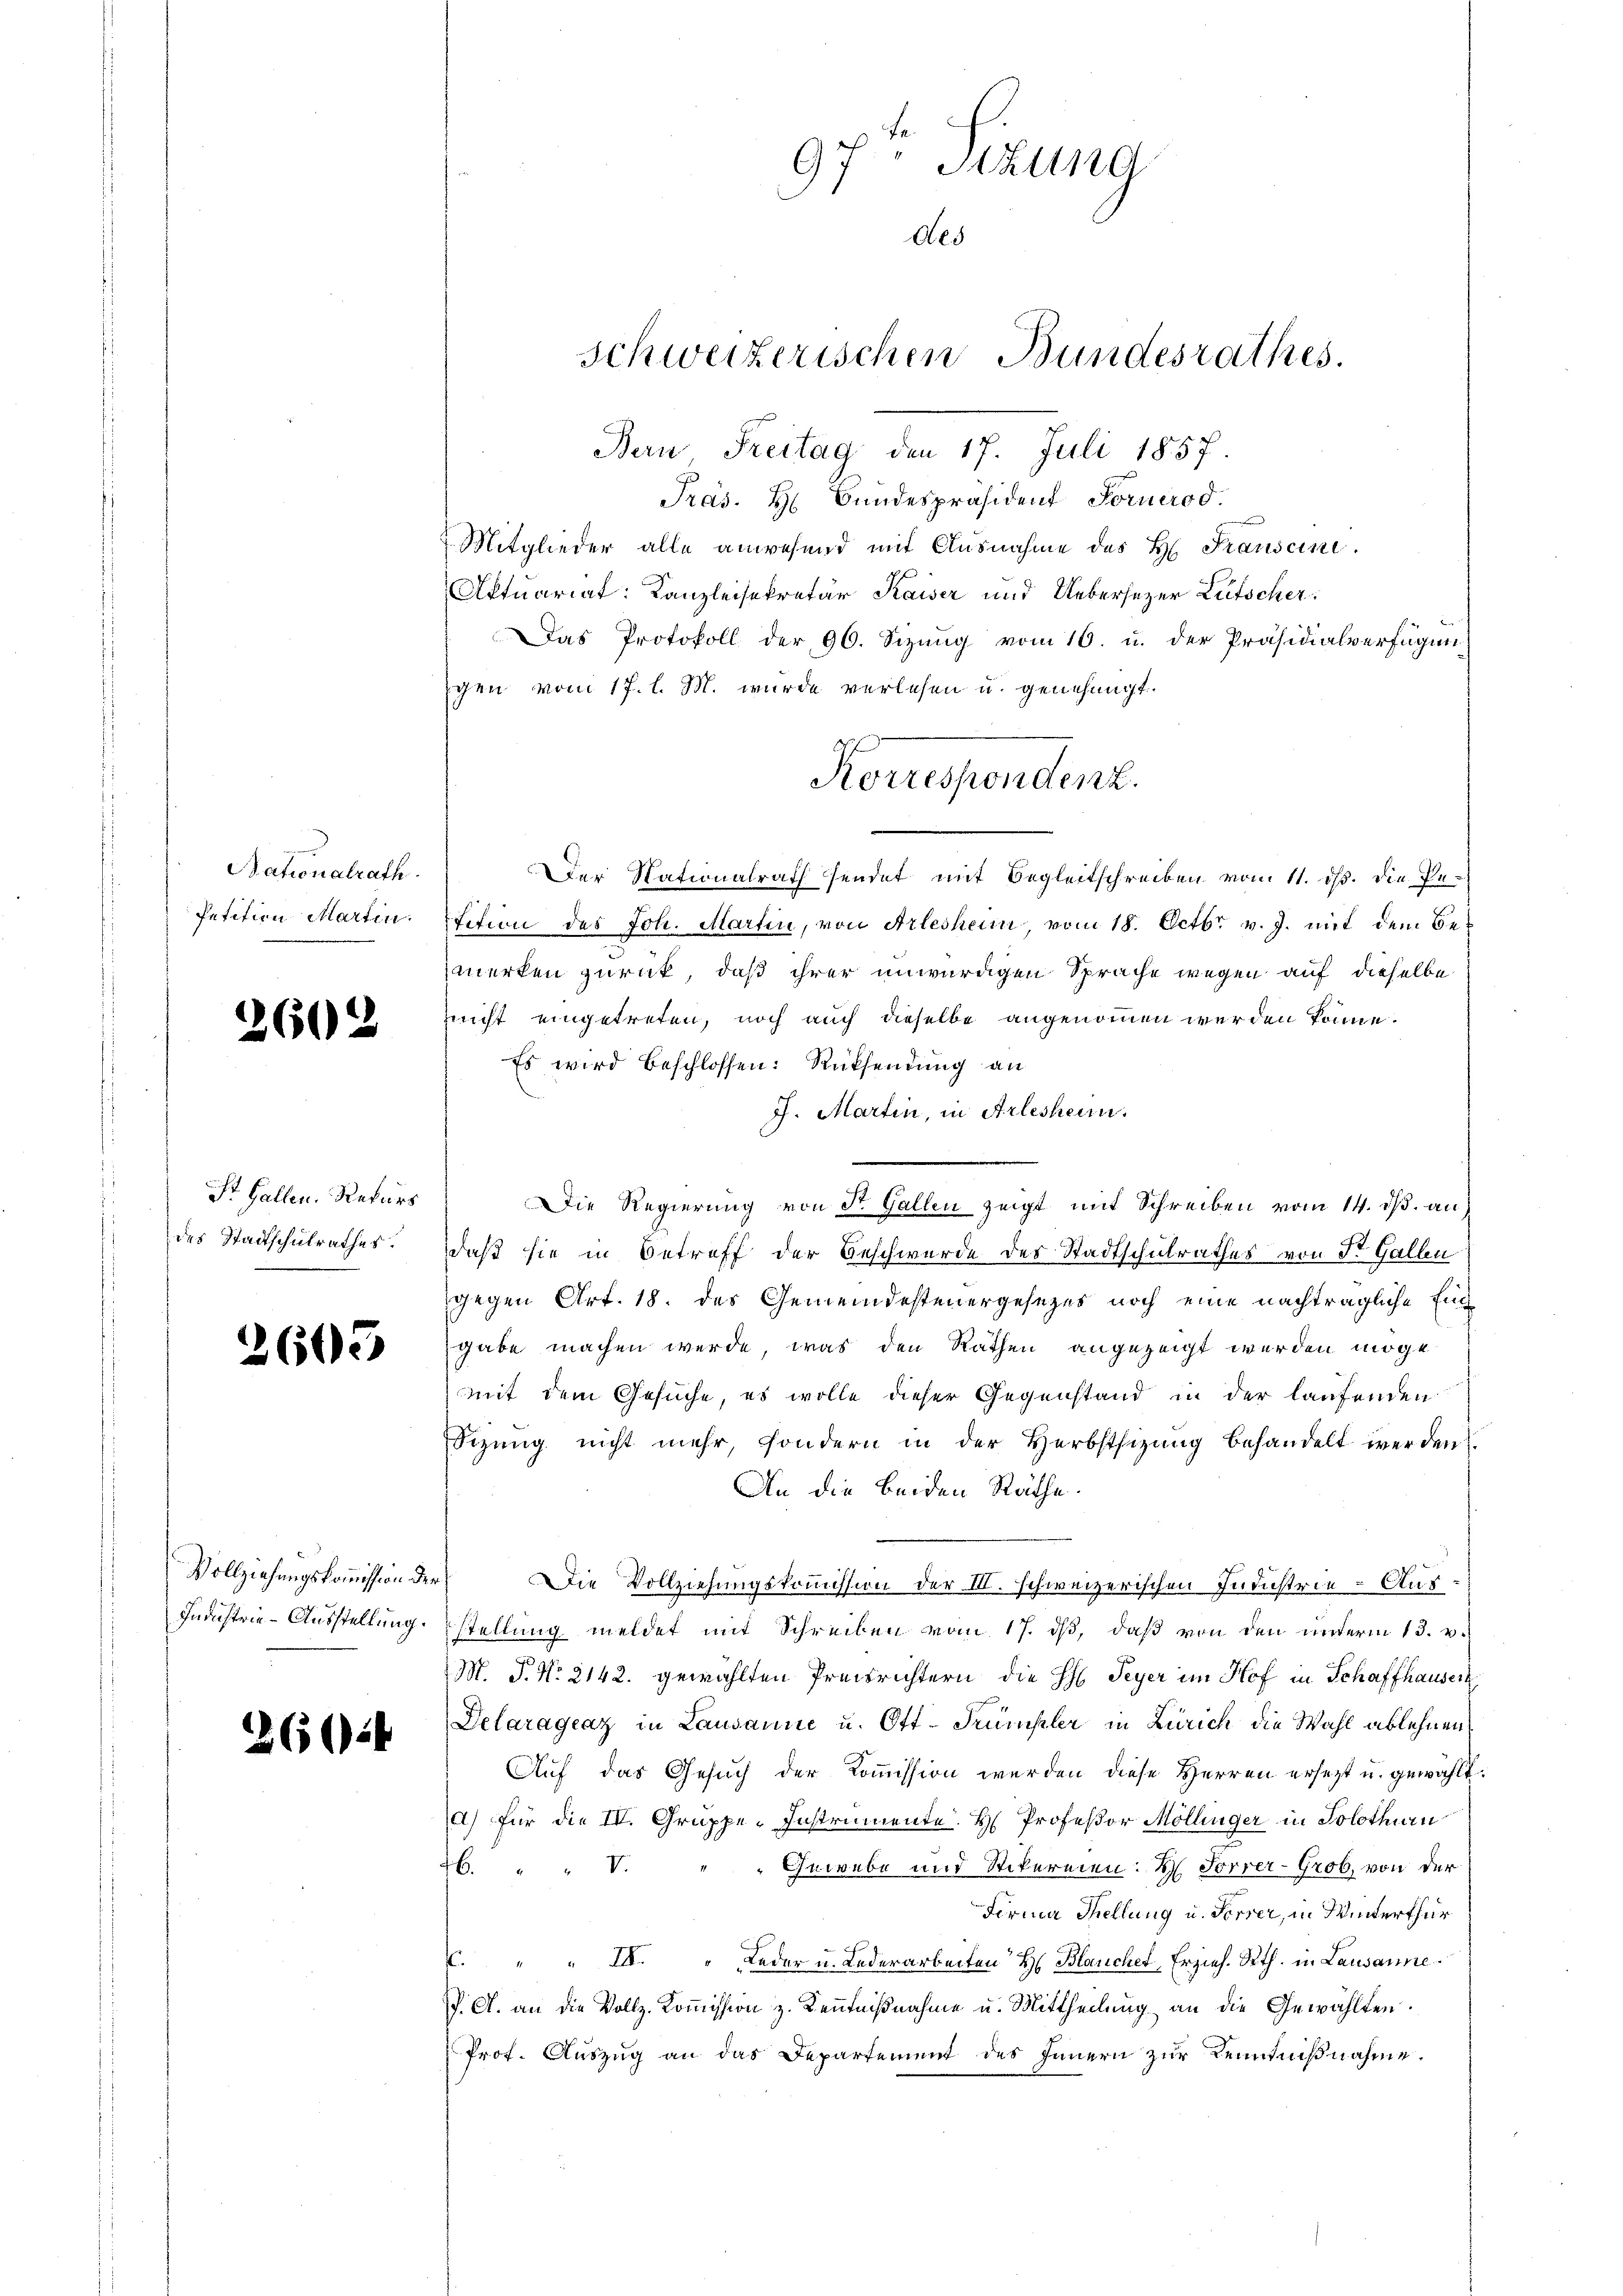
Nationalrath
Petition Martin.

2602

St. Gallen, Rekurs
des Stadtschulrathes.

2605

Vollziehungskommission der
Industrie-Ausstellung.

260

97 Stzung
Aes
schweizerischen Bundesrathes.
Bern Freitag den 17. Juli 1857.

Korrespondenz.

Pras. H. Bundespräsident Fornerod.
Mitglieder alle anwesend mit Ausnahme des H. Transcini
Aktuariat: Kanzleisekretär Kaiser und Uebersezer Litscher
Das Protokoll der 96. Sizung vom 16. u. der Präsidialverfügengen vom 17. l. M. wurde verlesen u. genehmigt.
Der Nationalrath sendet mit Begleitschreiben vom 11. ds. die Petition des Joh. Martin, von Arlesheim, vom 18. Octbr. v. J. mit dem Bemerken zurück, daß ihrer unwürdigen Sprache wegen auf dieselbe
nicht eingetreten, noch auch dieselbe angenommen werden könne.
Es wird beschlossen: Rücksendung an
J. Martin, in Arleshein.
Die Regierung von St. Gallen zeigt mit Schreiben vom 14. ds. an
daß sie in Betreff der Beschwerde des Stadtschulrathes von St. Gallen
gegen Art. 18. des Gemeindesteuergesezes noch eine nachträgliche Eingabe machen werde, was den Rathen angezeigt werden möge
mit dem Gesuche, es wolle dieser Gegenstand in der laufenden
Sizung nicht mehr, sondern in der Herbstsezung behandelt werden
An die beiden Räthe.
Die Vollziehungskommission der III. Schweizerischen Industrie-Aus
stellung meldet mit Schreiben vom 17. ds, daß von den unterm 13. u.
M. P. Nr. 2142. gewählten Preisrichtern die H: Peyer im Hof in Schaffhauser
Delaragenz in Lausanne u. Ott-Trümpler in Zürich die Wahl ablehnen
Auf das Gesuch der Kommission werden diese Herren ersetzt u. gewählt
a) für die IV. Gruppe-Instrumente. H. Professor Möllinger in Solothurn
Gewebe und Stikereien: H. Forrer-Grob, von der
56. " " V
Firma Stellung u. Ferrer, in Winterthur
. " " III. " Leder u. Lederarbeiten H. Blancher Erzieh. Rth. in Lausanne
. A. an die Vollz. Koṁission z. Kenntnißnahme u. Mittheilung an die Gewählten.
Prof. Auszug an das Departement des Innern zur Kenntnißnahme.